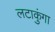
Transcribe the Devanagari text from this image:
लटाकुंगा